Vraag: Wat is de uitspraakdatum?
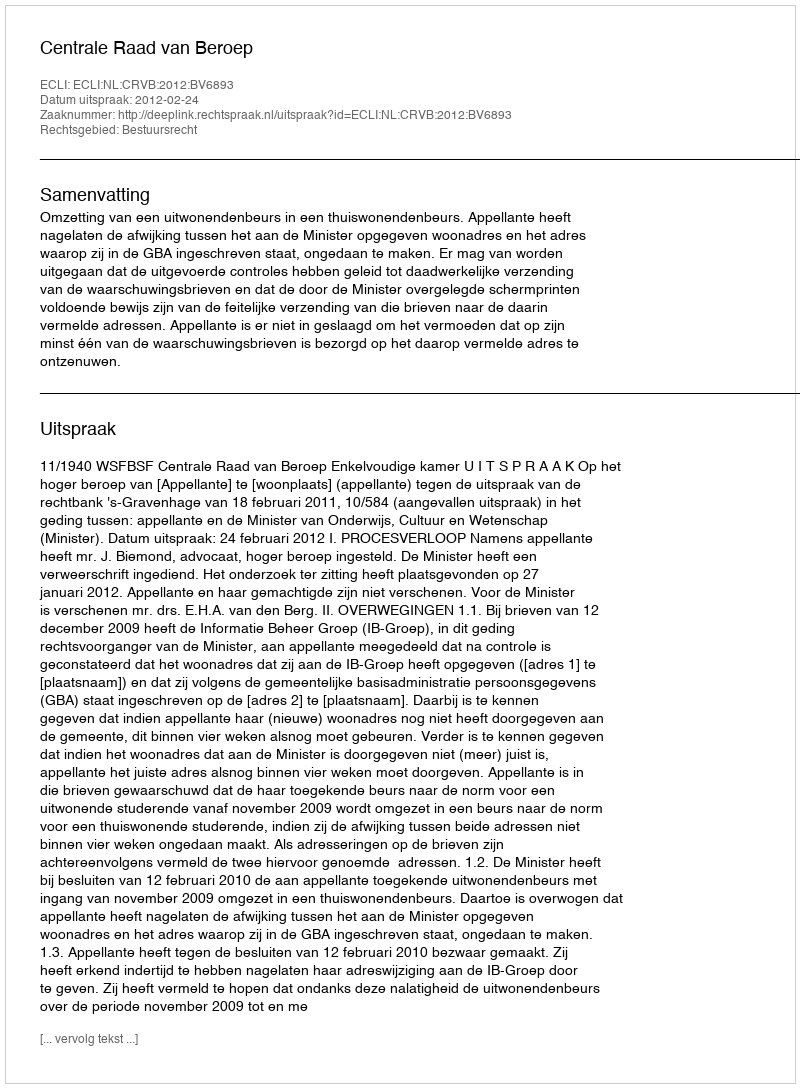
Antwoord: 2012-02-24